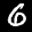
Label: 6